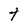
Character: t